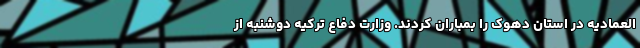
العمادیه در استان دهوک را بمباران کردند. وزارت دفاع ترکیه دوشنبه از